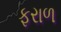
ફરાળ